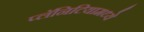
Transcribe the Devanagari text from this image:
प्लॅनिटियामध्ये